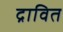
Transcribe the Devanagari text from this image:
द्रावित